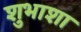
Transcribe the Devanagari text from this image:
शुभाशा